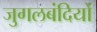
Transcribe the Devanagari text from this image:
जुगलबंदियों